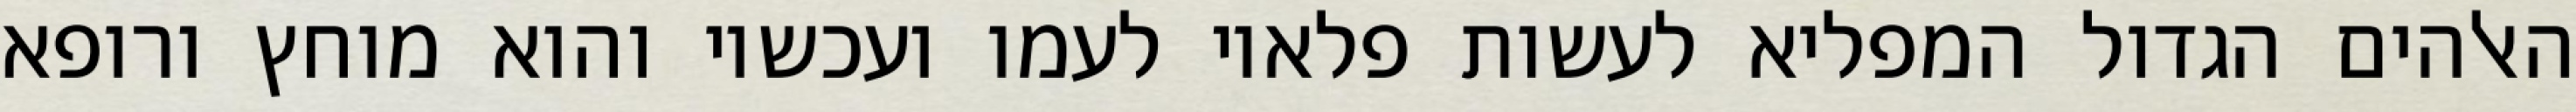
האלהים הגדול המפליא לעשות פלאיו לעמו ועכשיו והוא מוחץ ורופא